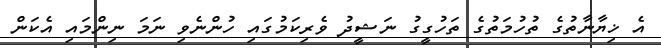
އެ ޚިޔާނާތުގެ ތުހުމަތުގެ ތަހުގީގު ނަޝީދު ވެރިކަމުގައި ހުންނެވި ނަމަ ނިންމައި އެކަން